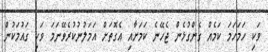
ވަކި ހަމަހަމަ ކަމެއް ގެންގުޅެން ޖެހޭނެ ކަމަށާއި އެގޮތަށް އަމަލުނުކުރެވޭނަމަ ވަކި ގައުމަކުން